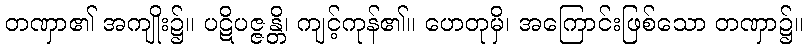
တဏှာ၏ အကျိုး၌။ ပဋိပဇ္ဇန္တိ၊ ကျင့်ကုန်၏။ ဟေတုမှိ၊ အကြောင်းဖြစ်သော တဏှာ၌။